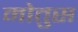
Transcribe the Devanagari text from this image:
मोतुस